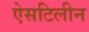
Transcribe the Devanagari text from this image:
ऐसटिलीन